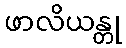
ဖာလိယန္တု